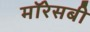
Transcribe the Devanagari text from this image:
मॉरेसबी